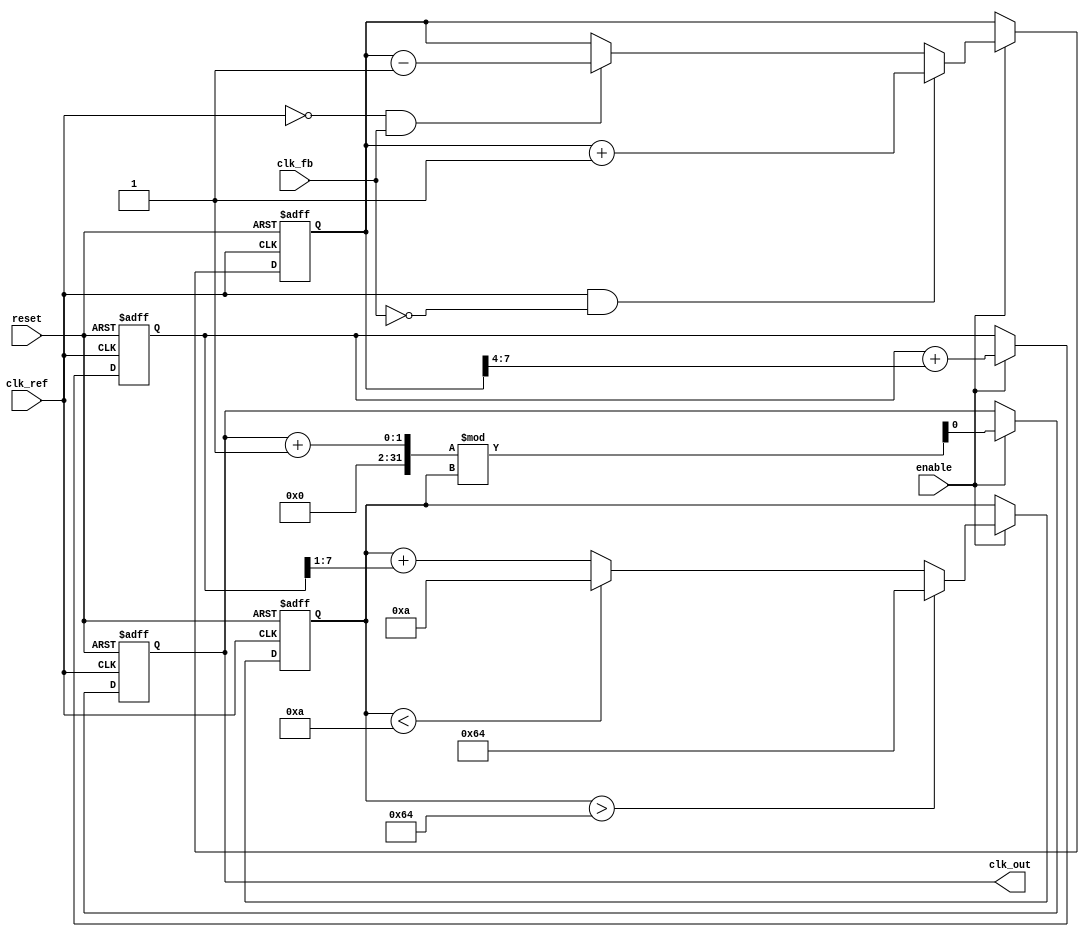
module ADPLL (
    input wire clk_ref,          // Reference clock input
    input wire clk_fb,           // Feedback clock input
    input wire reset,            // Reset signal
    input wire enable,           // Enable signal
    output reg clk_out           // Output clock
);

    // Parameters
    parameter PHASE_WIDTH = 8;   // Width of phase information
    parameter FILTER_COEFF = 4;   // Loop filter coefficient
    parameter VCO_MAX_FREQ = 100; // Max frequency of VCO
    parameter VCO_MIN_FREQ = 10;  // Min frequency of VCO

    // Internal signals
    reg [PHASE_WIDTH-1:0] phase_error; // Phase error signal
    reg [PHASE_WIDTH-1:0] control_signal; // Control signal for VCO
    reg [PHASE_WIDTH-1:0] vco_freq; // Current frequency of VCO
    reg [PHASE_WIDTH-1:0] memory_block; // Memory block for phase info

    // Phase Detector
    always @(posedge clk_ref or posedge reset) begin
        if (reset) begin
            phase_error <= 0;
        end else if (enable) begin
            // Simple phase error detection (example)
            if (clk_ref && !clk_fb) begin
                phase_error <= phase_error + 1; // Increment phase error
            end else if (!clk_ref && clk_fb) begin
                phase_error <= phase_error - 1; // Decrement phase error
            end
        end
    end

    // Digital Loop Filter
    always @(posedge clk_ref or posedge reset) begin
        if (reset) begin
            control_signal <= 0;
        end else if (enable) begin
            // First-order filter example
            control_signal <= control_signal + (phase_error >> FILTER_COEFF);
        end
    end

    // Voltage-Controlled Oscillator (VCO)
    always @(posedge clk_ref or posedge reset) begin
        if (reset) begin
            vco_freq <= VCO_MIN_FREQ; // Initialize VCO frequency
            clk_out <= 0; // Initialize output clock
        end else if (enable) begin
            // Adjust VCO frequency based on control signal
            vco_freq <= vco_freq + (control_signal >> 1);
            if (vco_freq > VCO_MAX_FREQ) vco_freq <= VCO_MAX_FREQ;
            else if (vco_freq < VCO_MIN_FREQ) vco_freq <= VCO_MIN_FREQ;

            // Generate output clock based on VCO frequency
            clk_out <= (clk_out + 1) % vco_freq; // Simple clock generation
        end
    end

    // Memory Block (for phase information)
    always @(posedge clk_ref or posedge reset) begin
        if (reset) begin
            memory_block <= 0; // Clear memory on reset
        end else if (enable) begin
            // Update memory block with phase error (example)
            memory_block <= phase_error; // Store current phase error
        end
    end

endmodule